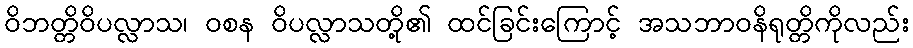
ဝိဘတ္တိဝိပလ္လာသ၊ ဝစန ဝိပလ္လာသတို့၏ ထင်ခြင်းကြောင့် အသဘာဝနိရုတ္တိကိုလည်း